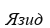
Язид